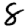
Digit: 8